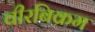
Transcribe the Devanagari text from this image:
वीरबिक्रम